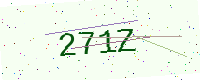
Text: 271Z